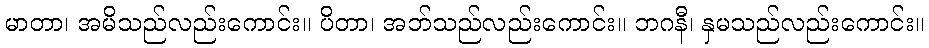
မာတာ၊ အမိသည်လည်းကောင်း။ ပိတာ၊ အဘ်သည်လည်းကောင်း။ ဘဂနီ၊ နှမသည်လည်းကောင်း။